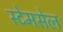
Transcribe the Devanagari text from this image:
स्टेमसेल